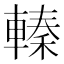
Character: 轃